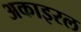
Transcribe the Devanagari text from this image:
अकाइरल